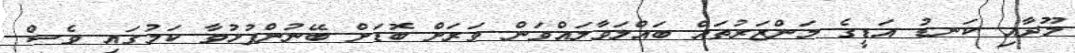
މޫދާއި ކަނޑު އަޑީގެ މަންޒަރުތައް ބައްލަވާލައްވަން ވަރަށް ބޮޑަށް ބޭނުންފުޅުވާ ކަމުގައި ވެސް